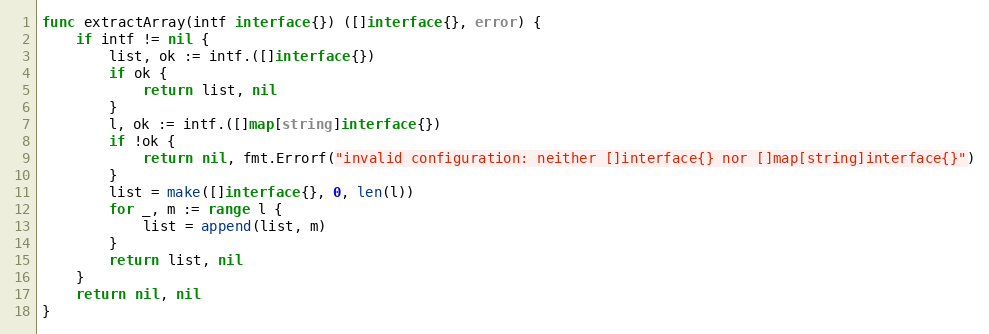
Language: Go
func extractArray(intf interface{}) ([]interface{}, error) {
	if intf != nil {
		list, ok := intf.([]interface{})
		if ok {
			return list, nil
		}
		l, ok := intf.([]map[string]interface{})
		if !ok {
			return nil, fmt.Errorf("invalid configuration: neither []interface{} nor []map[string]interface{}")
		}
		list = make([]interface{}, 0, len(l))
		for _, m := range l {
			list = append(list, m)
		}
		return list, nil
	}
	return nil, nil
}